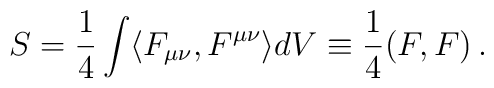
S =  \frac{1}{4}\int \langle F_{\mu \nu} , F^{\mu \nu} \rangle dV \equiv \frac{1}{4} (F , F) \, .